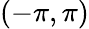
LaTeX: (-\pi,\pi)